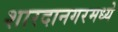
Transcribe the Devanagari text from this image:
शारदानगरमध्ये